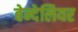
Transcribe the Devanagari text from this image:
बेन्देलियर